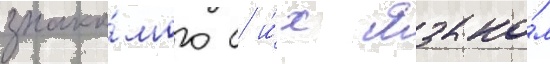
знако́мого с и́х языко́м